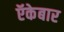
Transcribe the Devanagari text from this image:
ऍकेबार